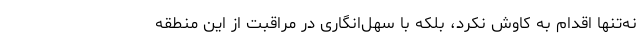
نه‌تنها اقدام به کاوش نکرد، بلکه با سهل‌انگاری در مراقبت از این منطقه